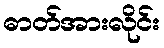
ဓာတ်အားလိုင်း